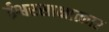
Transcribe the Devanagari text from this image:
ईश्वरसाक्षात्कार